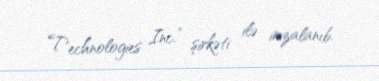
Technologies Inc.” şirkəti ilə imzalanıb.